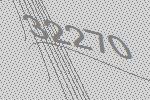
32270